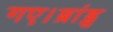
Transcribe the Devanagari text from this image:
गए।ब्रांड्स